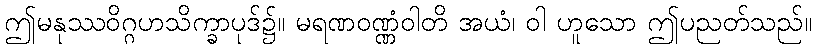
ဤမနုဿဝိဂ္ဂဟသိက္ခာပုဒ်၌။ မရဏဝဏ္ဏံဝါတိ အယံ၊ ဝါ ဟူသော ဤပညတ်သည်။